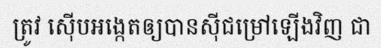
ត្រូវ ស៊ើបអង្កេតឲ្យបានស៊ីជម្រៅឡើងវិញ ជា